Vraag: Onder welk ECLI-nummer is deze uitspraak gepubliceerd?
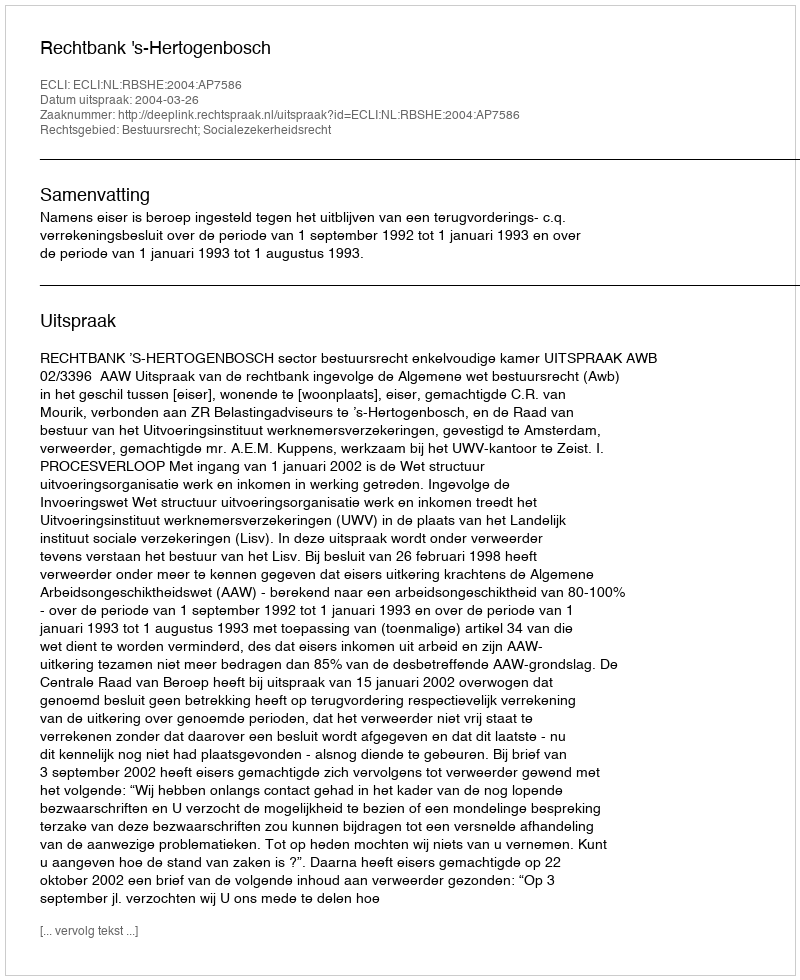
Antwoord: ECLI:NL:RBSHE:2004:AP7586